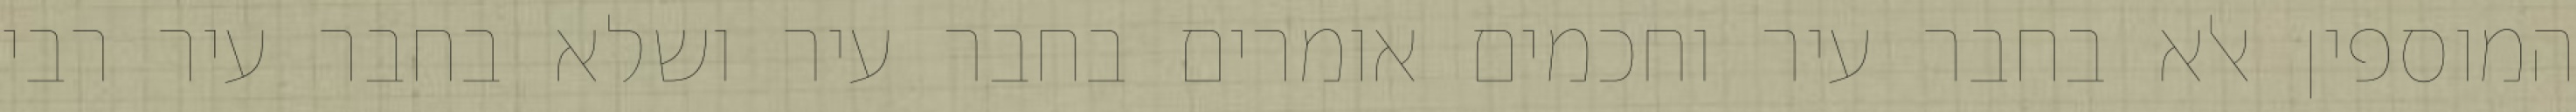
המוספין אלא בחבר עיר וחכמים אומרים בחבר עיר ושלא בחבר עיר רבי